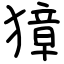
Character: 獐